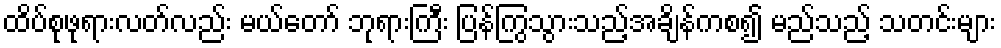
ထိပ်စုဖုရားလတ်လည်း မယ်တော် ဘုရားကြီး ပြန်ကြွသွားသည့်အချိန်ကစ၍ မည်သည့် သတင်းများ